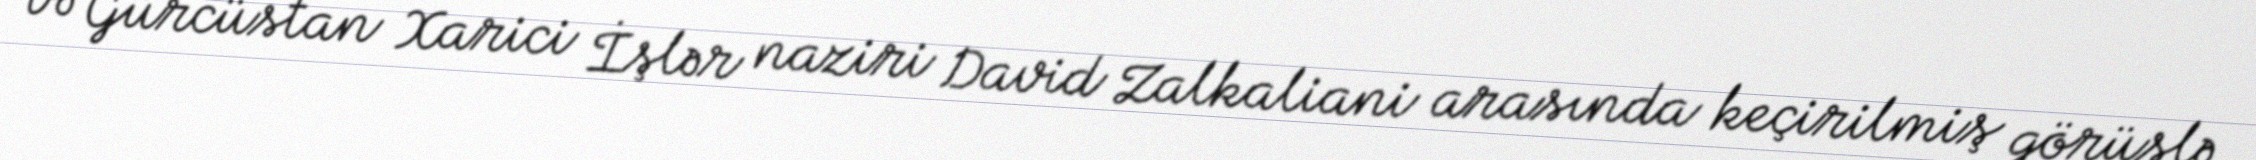
və Gürcüstan Xarici İşlər naziri David Zalkaliani arasında keçirilmiş görüşlə